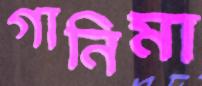
গানিমা